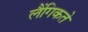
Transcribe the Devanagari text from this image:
लैंगिकते